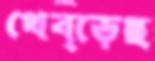
থেব্‌ড়েছ